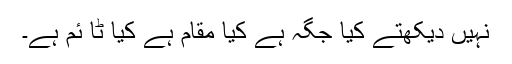
نہیں دیکھتے کیا جگہ ہے کیا مقام ہے کیا ٹا ئم ہے۔